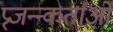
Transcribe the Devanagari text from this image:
प्र्जन्न्कर्ताओ